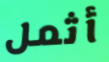
أثمل